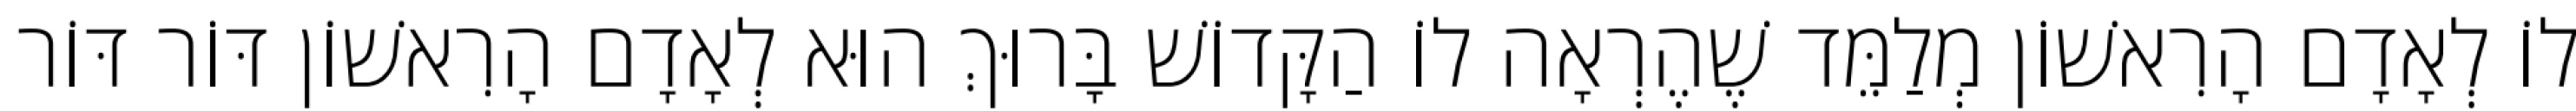
לוֹ לְאָדָם הָרִאשׁוֹן מְלַמֵּד שֶׁהֶרְאָה לוֹ הַקָּדוֹשׁ בָּרוּךְ הוּא לְאָדָם הָרִאשׁוֹן דּוֹר דּוֹר